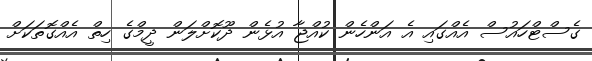
ގެސްޓްހައުސް އެއްގައި އެ އަންހެން ކުއްޖާ އުޅެން ދޫކޮށްލަން ދީމްގެ ހިތް އެއްގޮތަކަށް